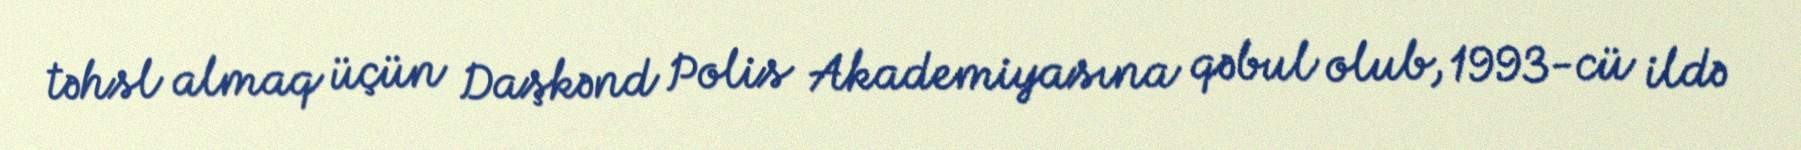
təhsl almaq üçün Daşkənd Polis Akademiyasına qəbul olub, 1993-cü ildə